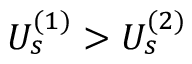
U _ { s } ^ { ( 1 ) } > U _ { s } ^ { ( 2 ) }